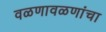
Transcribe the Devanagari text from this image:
वळणावळणांचा